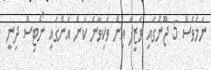
ނަމަވެސް 5 ޖޫންގައި ވަޒީފާ އިން ވަކިވާނެ ކަން އަންގައި ނޯޓިސް ދިނީ